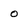
Character: o